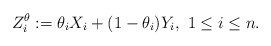
\begin{align*}Z_{i}^{\theta}:=\theta_{i}X_{i}+(1-\theta_{i})Y_{i},~1\leq i\leq n.\end{align*}